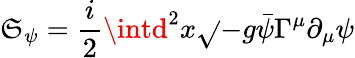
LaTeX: \mathfrak{S}_{\psi}=\frac{{i}}{{2}}\intd^{2}x\sqrt{}{{-g}}\bar{{\psi}}\Gamma^{\mu}\partial_{\mu}\psi